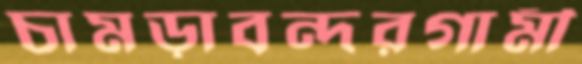
চামড়াবন্দরগামী